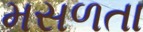
મસળતા